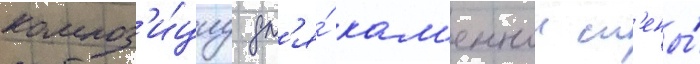
композ'и́циу дл'я́ кам'еннои ст'ены́